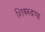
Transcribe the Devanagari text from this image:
शिवरुद्रप्पा